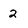
Character: 2